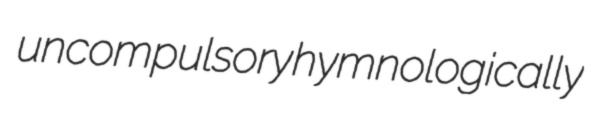
uncompulsory hymnologically